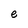
Character: e